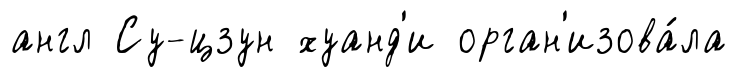
англ Су-цзун хуанд'и орган'изова́ла